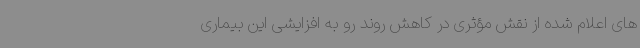
های اعلام شده از نقش مؤثری در کاهش روند رو به افزایشی این بیماری